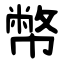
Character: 幣